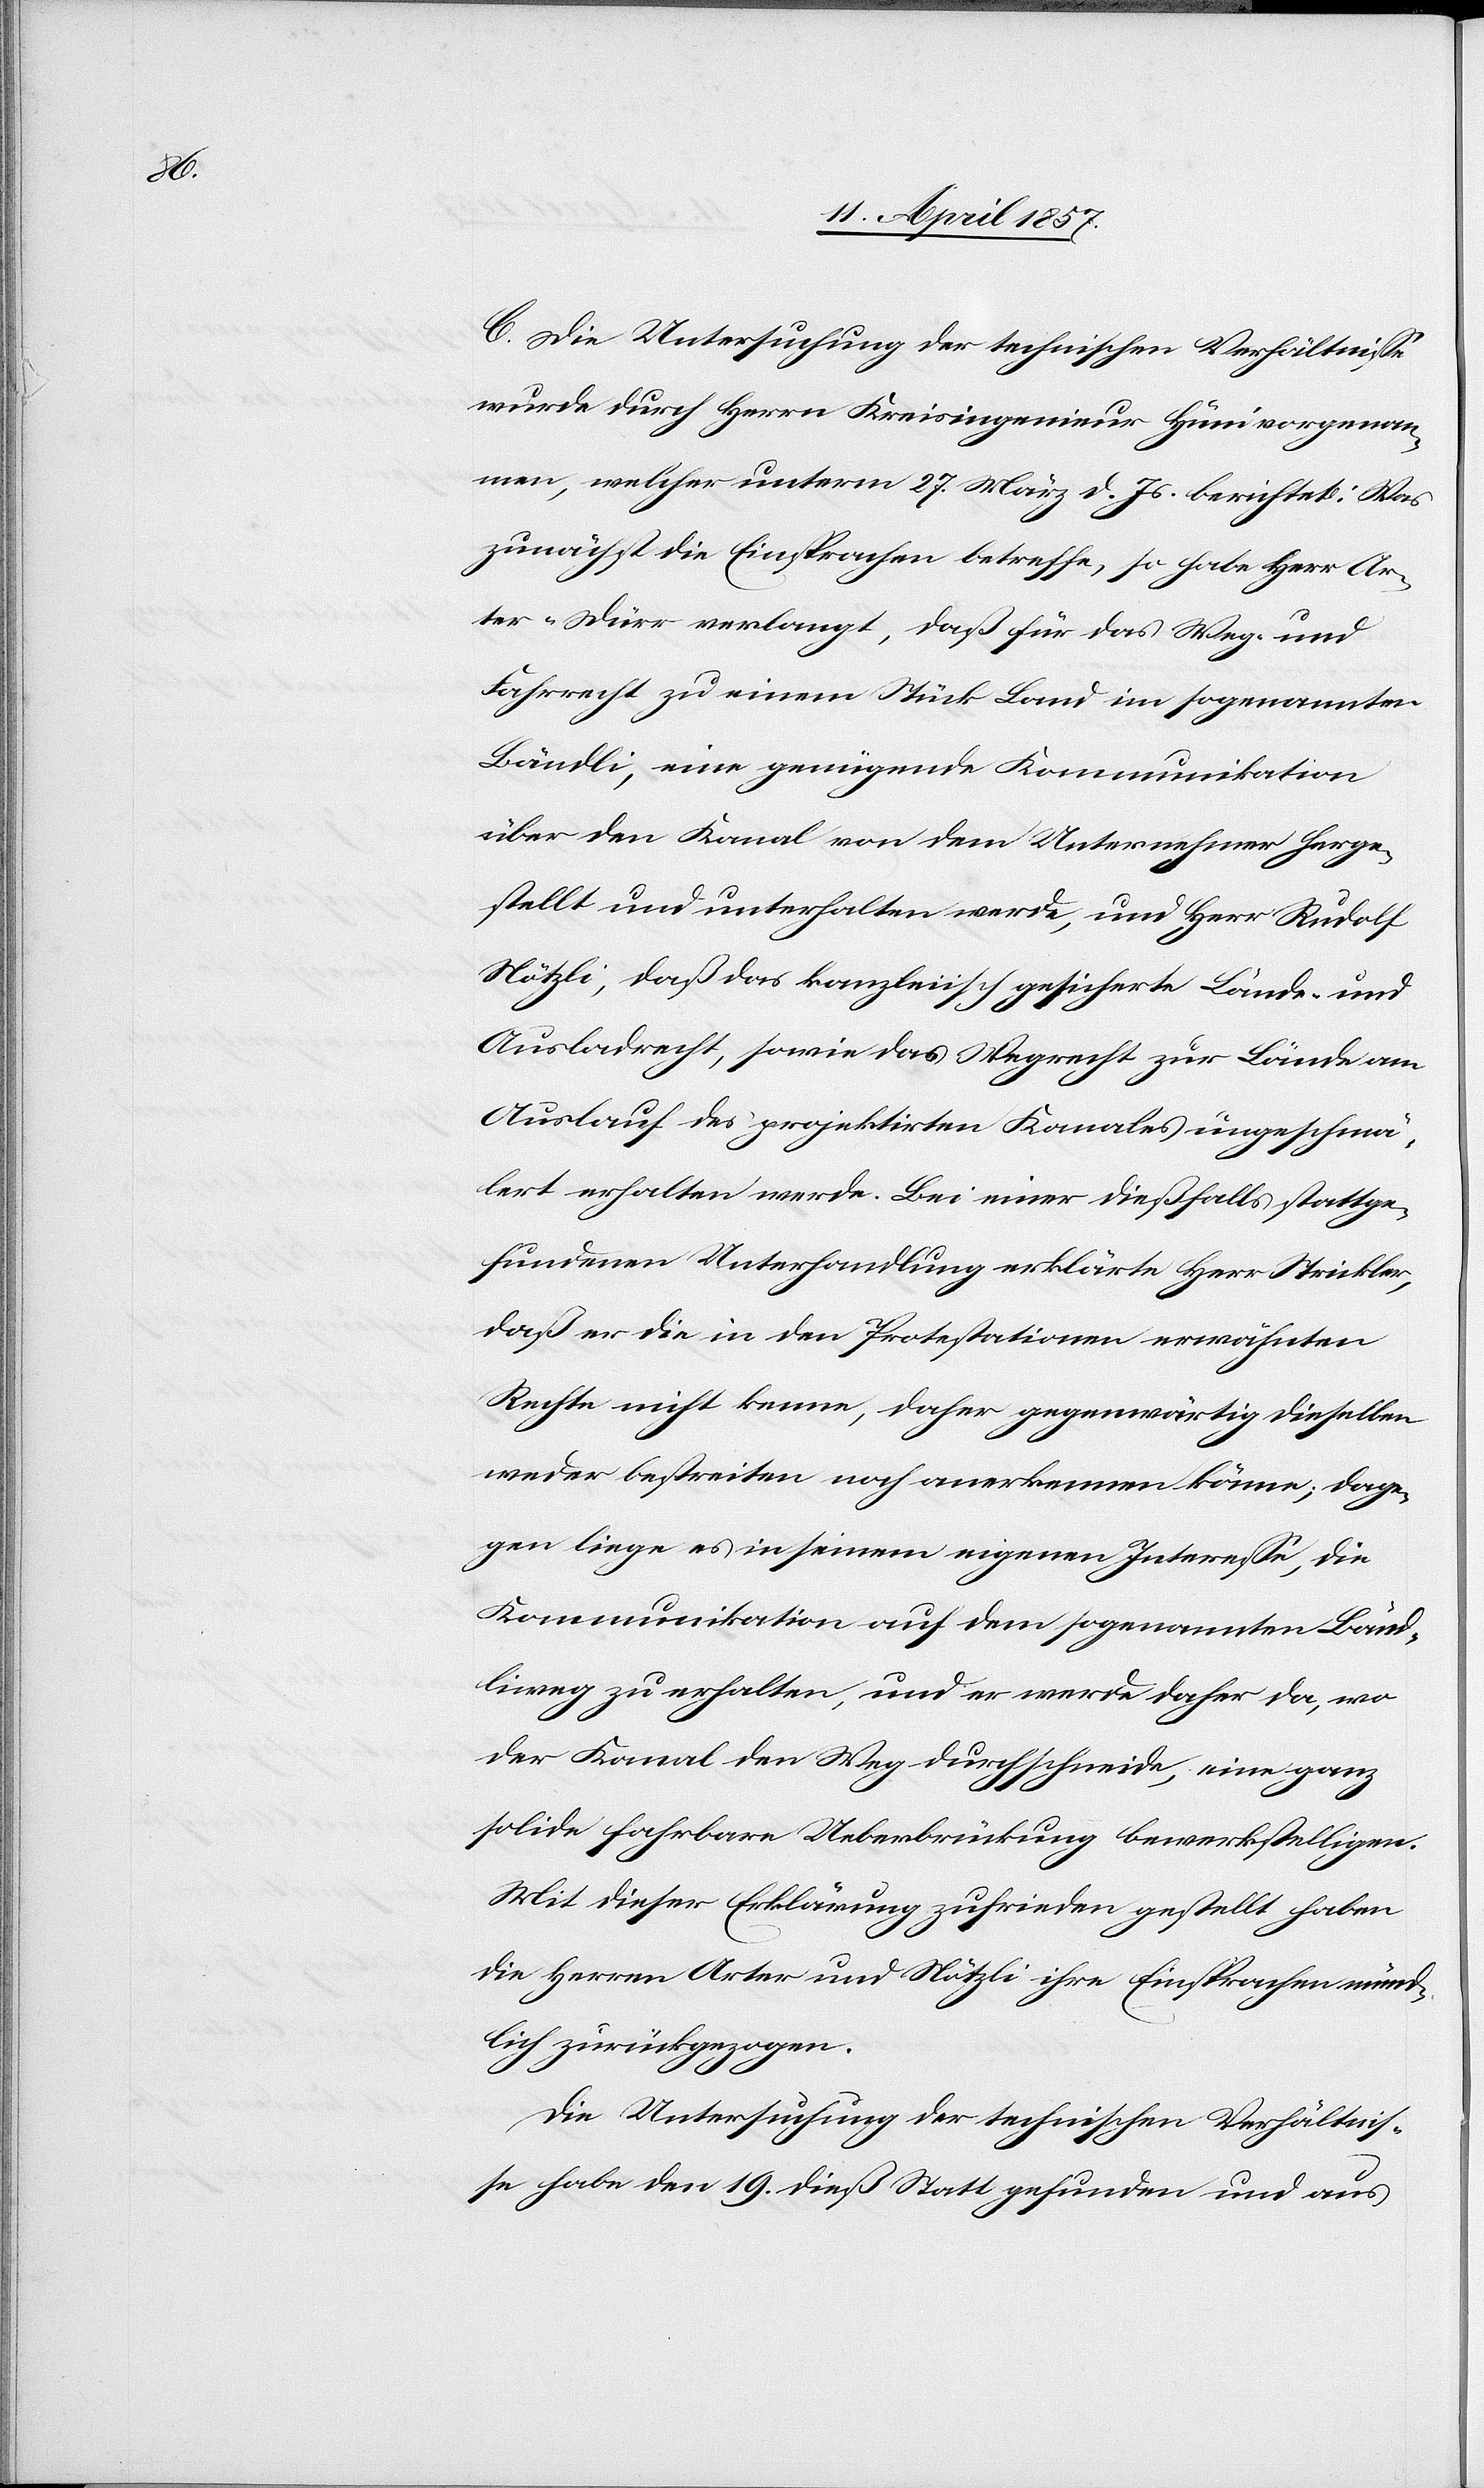
C. Die Untersuchung der technischen Verhältnisse
wurde durch Herrn Kreisingenieur Hüni vorgenom¬
men, welcher unterm 27. März d. Js. berichtet: Was
zunächst die Einsprachen betreffe, so habe Herr Ar¬
ter-Dürr verlangt, daß für das Weg- und
Fahrrecht zu einem Stück Land im sogenannten
Bändli, eine genügende Kommunikation
über den Kanal von dem Unternehmer herge¬
stellt und unterhalten werde, und Herr Rudolf
Nötzli, daß das kanzleiisch gesicherte Lände- und
Ausladerecht, sowie das Wegrecht zur Lände am
Auslauf des projektirten Kanales ungeschmä¬
lert erhalten werde. Bei einer dießfalls stattge¬
fundenen Unterhandlung erklärte Herr Strickler,
daß er die in den Protestationen erwähnten
Rechte nicht kenne, daher gegenwärtig dieselben
weder bestreiten noch anerkennen könne; dage¬
gen liege es in seinem eigenen Interesse, die
Kommunikation auf dem sogenannten Bänd¬
liweg zu erhalten, und er werde daher da, wo
der Kanal den Weg durchschneide, eine ganz
solide fahrbare Ueberbrückung bewerkstelligen.
Mit dieser Erklärung zufrieden gestellt haben
die Herren Arter und Nötzli ihre Einsprachen münd¬
lich zurückgezogen.
Die Untersuchung der technischen Verhältnis¬
se habe den 19 dieß Statt gefunden und aus